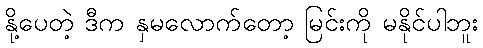
နို့ပေတဲ့ ဒီက နှမလောက်တော့ မြင်းကို မနိုင်ပါဘူး